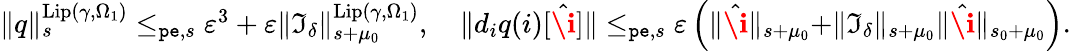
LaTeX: \begin{array}{r}{\rVert q\rVert_{s}^{\mathrm{Lip}(\gamma,\Omega_{1})}\le_{\mathtt{pe},s}\varepsilon^{3}+\varepsilon\rVert\mathfrak{I}_{\delta}\rVert_{s+\mu_{0}}^{\mathrm{Lip}(\gamma,\Omega_{1})},\quad\rVert d_{i}q(i)[\hat{\textbf{\i}}]\rVert\le_{\mathtt{pe},s}\varepsilon\left(\rVert\hat{\textbf{\i}}\rVert_{s+\mu_{0}}+\rVert\mathfrak{I}_{\delta}\rVert_{s+\mu_{0}}\rVert\hat{\textbf{\i}}\rVert_{s_{0}+\mu_{0}}\right).}\end{array}